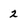
Character: 2